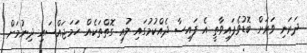
ދަރަނި ވަރަށް ބޮޑުވެފައިވާތީ އެ ފައިސާ ދެއްކުމުގައި ލުއި ގޮތްތަކެއް ހަމަޖައްސައި ދިނުމަށް